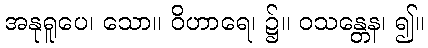
အနုရူပေ၊ သော။ ဝိဟာရေ၊ ၌။ ဝသန္တေန၊ ၍။